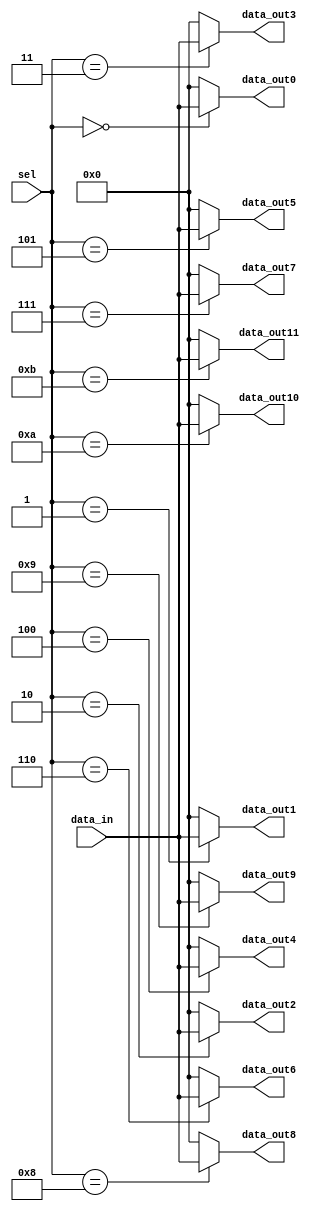
module demux_1_to_12 (
    input wire [7:0] data_in,
    input wire [3:0] sel,
    output reg [7:0] data_out0,
    output reg [7:0] data_out1,
    output reg [7:0] data_out2,
    output reg [7:0] data_out3,
    output reg [7:0] data_out4,
    output reg [7:0] data_out5,
    output reg [7:0] data_out6,
    output reg [7:0] data_out7,
    output reg [7:0] data_out8,
    output reg [7:0] data_out9,
    output reg [7:0] data_out10,
    output reg [7:0] data_out11
);
    always @(*) begin
       
        data_out0 = 8'b0;
        data_out1 = 8'b0;
        data_out2 = 8'b0;
        data_out3 = 8'b0;
        data_out4 = 8'b0;
        data_out5 = 8'b0;
        data_out6 = 8'b0;
        data_out7 = 8'b0;
        data_out8 = 8'b0;
        data_out9 = 8'b0;
        data_out10 = 8'b0;
        data_out11 = 8'b0;
        
        
        case (sel)
            4'd0: data_out0 = data_in;
            4'd1: data_out1 = data_in;
            4'd2: data_out2 = data_in;
            4'd3: data_out3 = data_in;
            4'd4: data_out4 = data_in;
            4'd5: data_out5 = data_in;
            4'd6: data_out6 = data_in;
            4'd7: data_out7 = data_in;
            4'd8: data_out8 = data_in;
            4'd9: data_out9 = data_in;
            4'd10: data_out10 = data_in;
            4'd11: data_out11 = data_in;
            default: ;
        endcase
    end
endmodule